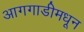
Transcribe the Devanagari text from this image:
आगगाडीमधून